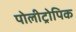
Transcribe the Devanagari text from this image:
पोलीट्रोपिक